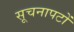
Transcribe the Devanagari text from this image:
सूचनापटों